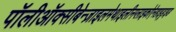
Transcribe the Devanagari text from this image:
पॉलीऑक्सीबेन्ज़ाइलमेथाइलीनग्लाइकोऐनहाइड्राइड